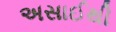
અસાઈથી